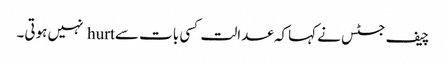
چیف جسٹس نے کہاکہ عدالت کسی بات سے hurt نہیں ہوتی۔